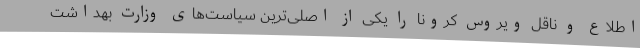
‌اطلاع و ناقل ویروس کرونا را یکی از اصلی‌ترین سیاست‌های وزارت بهداشت